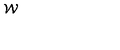
{ \cal W }